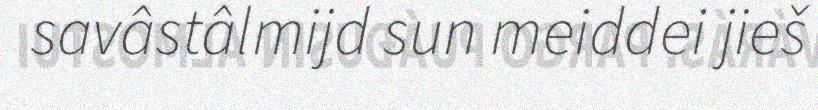
savâstâlmijd sun meiddei jieš